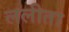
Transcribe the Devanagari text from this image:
ललीता